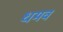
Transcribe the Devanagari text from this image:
धमव